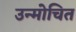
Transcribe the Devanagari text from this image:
उन्मोचित